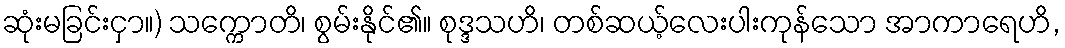
ဆုံးမခြင်းငှာ။) သက္ကောတိ၊ စွမ်းနိုင်၏။ စုဒ္ဒသဟိ၊ တစ်ဆယ့်လေးပါးကုန်သော အာကာရေဟိ,